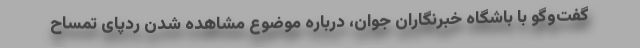
گفت‌وگو با باشگاه خبرنگاران جوان، درباره موضوع مشاهده شدن ردپای تمساح